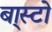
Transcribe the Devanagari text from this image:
बा्स्टो